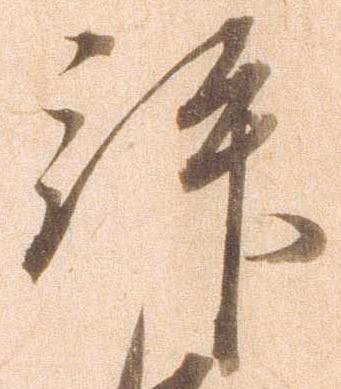
拝